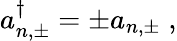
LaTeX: a_{n,\pm}^{\dagger}=\pm a_{n,\pm}{\; ,}